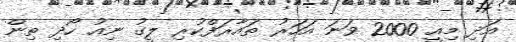
އަދި މިއީ 2000 ވަނަ އަހަރު ތައާރަފްކުރި ލީގު ނިއު ހޯދި ތިން